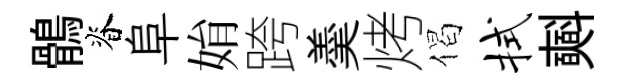
鶻脊阜姢跨羮烤偈拭𣂏